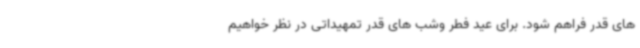
های قدر فراهم شود. برای عید فطر وشب های قدر تمهیداتی در نظر خواهیم